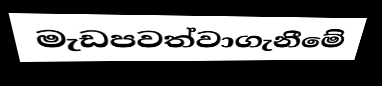
මැඩපවත්වාගැනීමේ